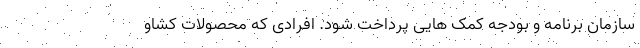
سازمان برنامه و بودجه کمک هایی پرداخت شود. افرادی که محصولات کشاو